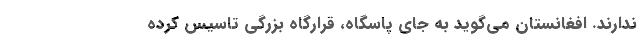
ندارند. افغانستان مي‌گويد به جاي پاسگاه، قرارگاه بزرگي تاسيس كرده